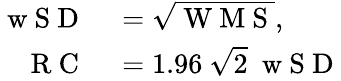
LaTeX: \begin{array}{rl}{\mathrm{~w~S~D~}}&{{}=\sqrt{\mathrm{~W~M~S~}},}\\ {\mathrm{~R~C~}}&{{}=1.96~\sqrt{2}~\mathrm{~w~S~D~}}\end{array}